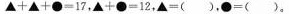
$$▲ + ▲ + ● 1 7$$，$$▲ + ● = 1 2$$，$$▲ = ( )$$，$$● = ( )$$。